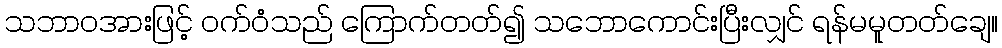
သဘာဝအားဖြင့် ဝက်ဝံသည် ကြောက်တတ်၍ သဘောကောင်းပြီးလျှင် ရန်မမူတတ်ချေ။